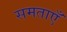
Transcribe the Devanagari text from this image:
समताएँ